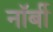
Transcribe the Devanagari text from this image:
नॉर्बी